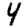
Digit: 4